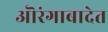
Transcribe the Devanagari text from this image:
ऒरंगाबादेत